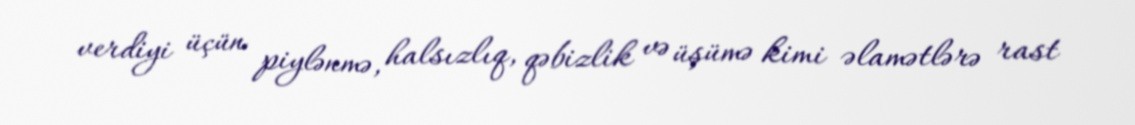
verdiyi üçün piylənmə, halsızlıq, qəbizlik və üşümə kimi əlamətlərə rast